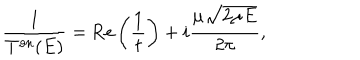
LaTeX: \frac { 1 } { T ^ { \mathrm { o n } } ( E ) } = \mathrm { R e } \left( \frac { 1 } { t } \right) + i \frac { \mu \sqrt { 2 \mu E } } { 2 \pi } ,